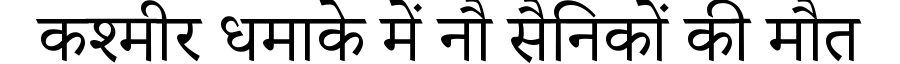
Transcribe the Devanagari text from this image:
कश्मीर धमाके में नौ सैनिकों की मौत